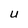
Character: U